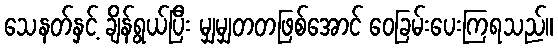
သေနတ်နှင့် ချိန်ရွယ်ပြီး မျှမျှတတဖြစ်အောင် ဝေခြမ်းပေးကြရသည်။